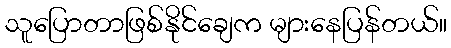
သူပြောတာဖြစ်နိုင်ချေက များနေပြန်တယ်။